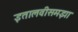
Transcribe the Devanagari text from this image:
इतालवीसमझा